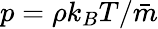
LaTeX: p=\rho k_{B}T/\bar{m}